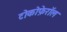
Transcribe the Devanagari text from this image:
टोकोफ़ेरॉल